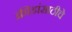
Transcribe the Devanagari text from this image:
क्रीडांसाठीचे